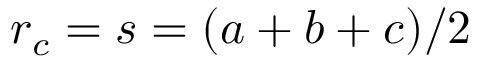
\displaystyle r _ { c } = s = ( a + b + c ) / 2